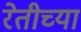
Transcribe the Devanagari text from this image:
रेतीच्या